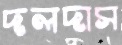
দলদাস